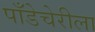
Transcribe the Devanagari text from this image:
पाँडेचेरीला